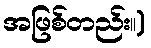
အဖြစ်တည်း။)